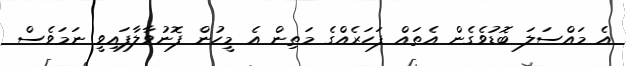
އެ މައްސަލަ ބޮޑުވެގެން އެތައް ފަހަރެއްގެ މަތިން އެ މީހުން ފޮނުވާލާފައިވީ ނަމަވެސް